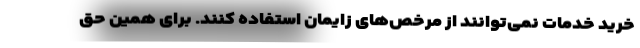
خرید خدمات نمی‌توانند از مرخص‌های زایمان استفاده کنند. برای همین حق